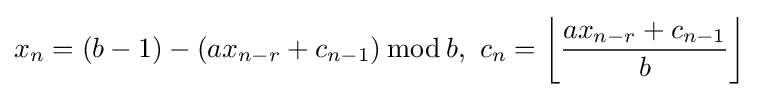
x_{n}=(b-1)-(ax_{n-r}+c_{n-1})\,{\bmod {\,}}b,\ c_{n}=\left\lfloor {\frac {ax_{n-r}+c_{n-1}}{b}}\right\rfloor